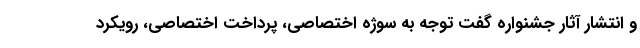
و انتشار آثار جشنواره گفت توجه به سوژه اختصاصی، پرداخت اختصاصی، رویکرد